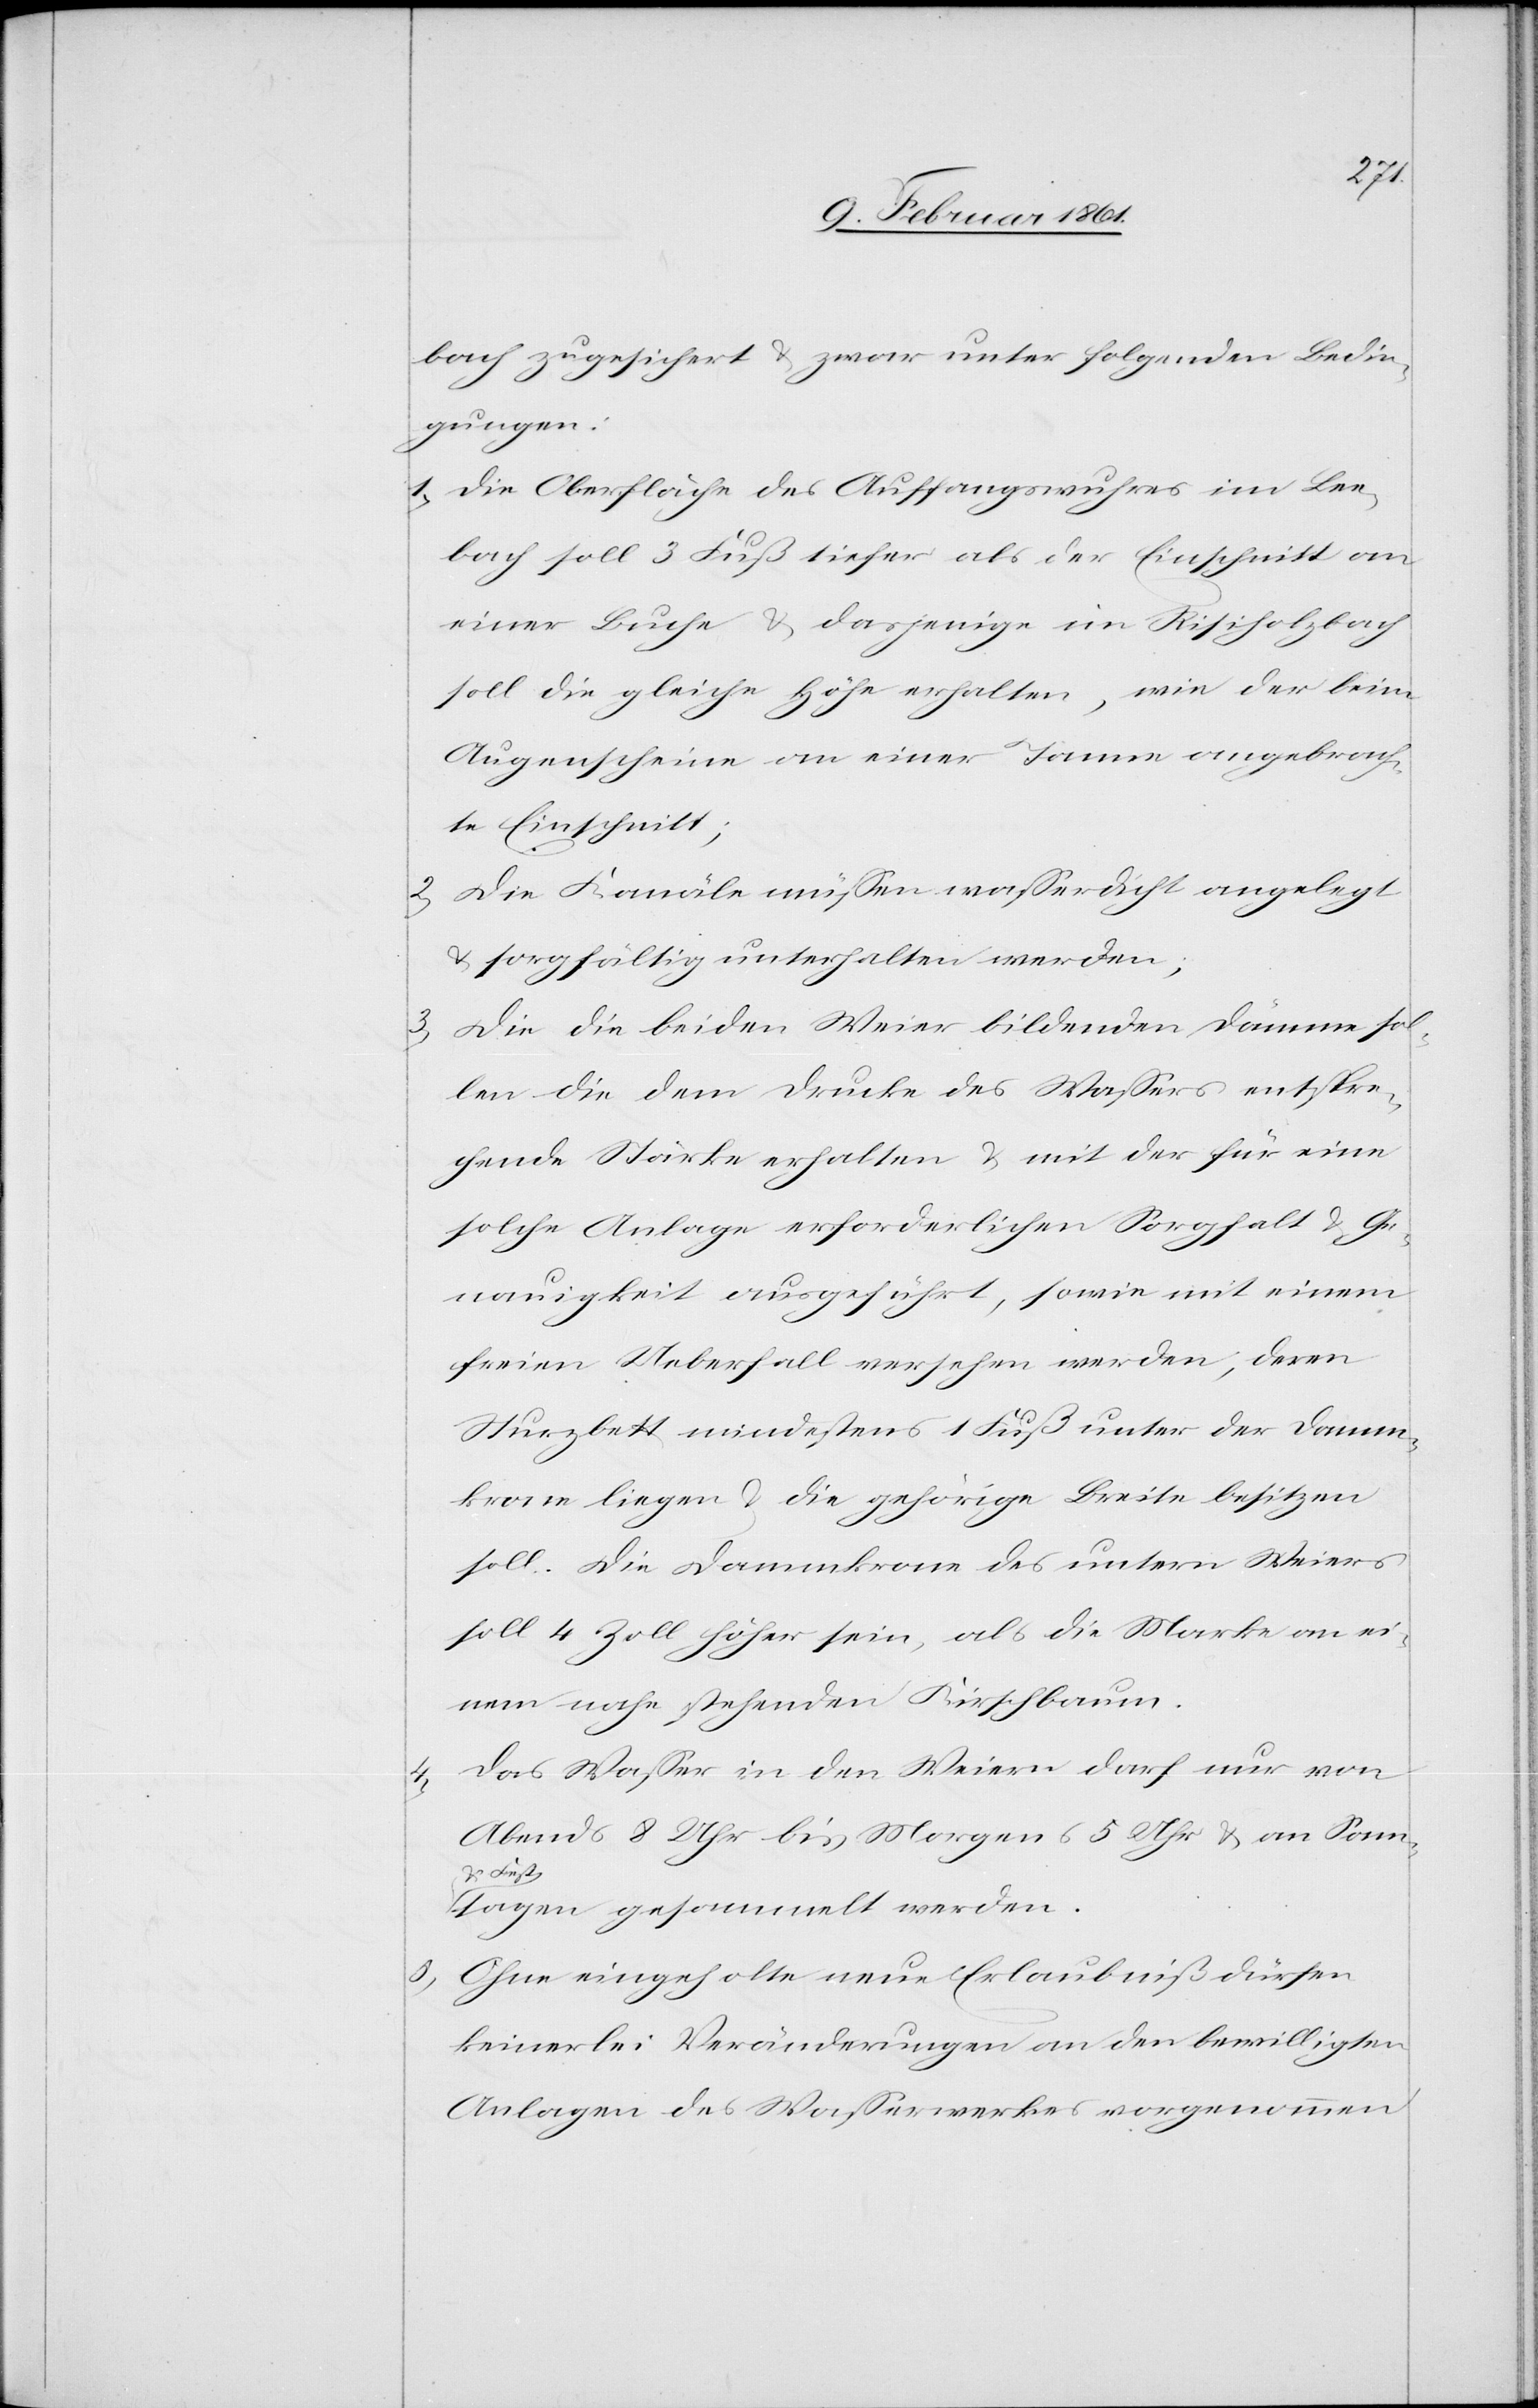
bach zugesichert u. zwar unter folgenden Bedin¬
gungen:
1) Die Oberfläche des Auffangwuhres im Lee¬
bach soll 3 Fuß tiefer als der Einschnitt an
einer Buche u. dasjenige im Risiholzbach
soll die gleiche Höhe erhalten, wie der beim
Augenscheine an einer Tanne angebrach¬
te Einschnitt;
2) Die Kanäle müssen wasserdicht angelegt
u. sorgfältig unterhalten werden;
3) Die die beiden Weier bildenden Dämme sol¬
len die dem Drucke des Wassers entspre¬
chende Stärke erhalten u. mit der für eine
solche Anlage erforderlichen Sorgfalt u. Ge¬
nauigkeit ausgeführt, sowie mit einem
freien Ueberfall versehen werden; deren
Sturzbett mindestens 1 Fuß unter der Damm¬
krone liegen u. die gehörige Breite besitzen
soll. Die Dammkrone des untern Weiers
soll 4 Zoll höher sein, als die Marke an ei¬
nem nahe stehenden Kirschbaum.
Das Wasser in den Weiern darf nur von
Abends 8 Uhr bis Morgens 5 Uhr u. an Sonn-
u. Fest¬
tagen gesammelt werden.
Ohne eingeholte neue Erlaubniß dürfen
keinerlei Veränderungen an den bewilligten
Anlagen des Wasserwerkes vorgenommen